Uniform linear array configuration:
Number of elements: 64
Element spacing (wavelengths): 0.25
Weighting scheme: hamming
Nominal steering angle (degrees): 15
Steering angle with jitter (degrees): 16.994
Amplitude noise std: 0.05
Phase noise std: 0.05

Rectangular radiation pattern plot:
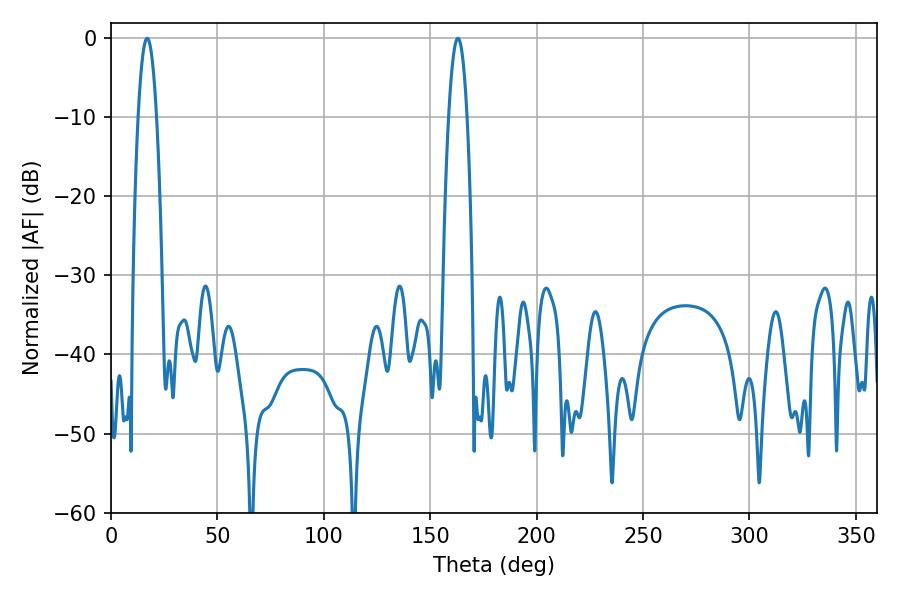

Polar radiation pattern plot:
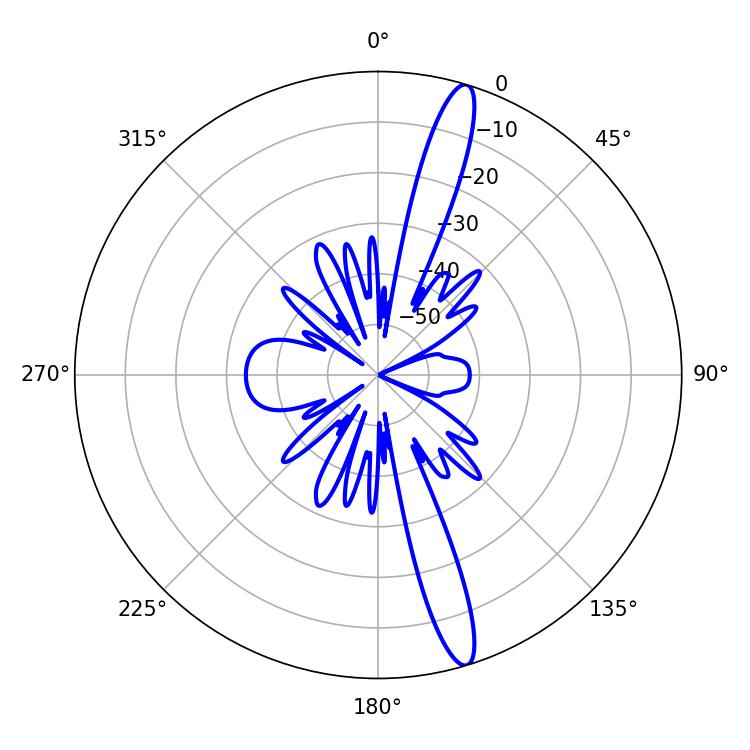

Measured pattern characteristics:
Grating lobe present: FALSE
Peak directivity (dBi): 15.804
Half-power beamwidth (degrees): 4.86
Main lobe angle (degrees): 16.92